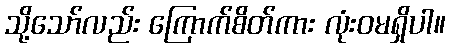
သို့သော်လည်း ကြောက်စိတ်ကား လုံးဝမရှိပါ။